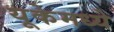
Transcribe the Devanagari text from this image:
यूकेमध्ये